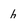
Character: h